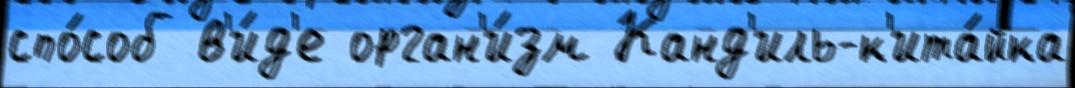
спо́соб в'и́д'е орган'и́зм Канд'иль-к'ита́йка